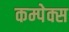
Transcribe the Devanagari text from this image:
कम्पेक्स